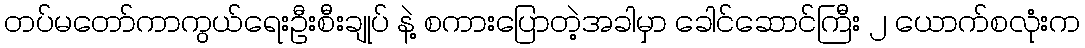
တပ်မတော်ကာကွယ်ရေးဦးစီးချုပ် နဲ့ စကားပြောတဲ့အခါမှာ ခေါင်ဆောင်ကြီး ၂ ယောက်စလုံးက